Statistics compiled by the Government of India from the reports of provincial Civil Veterinary Departments
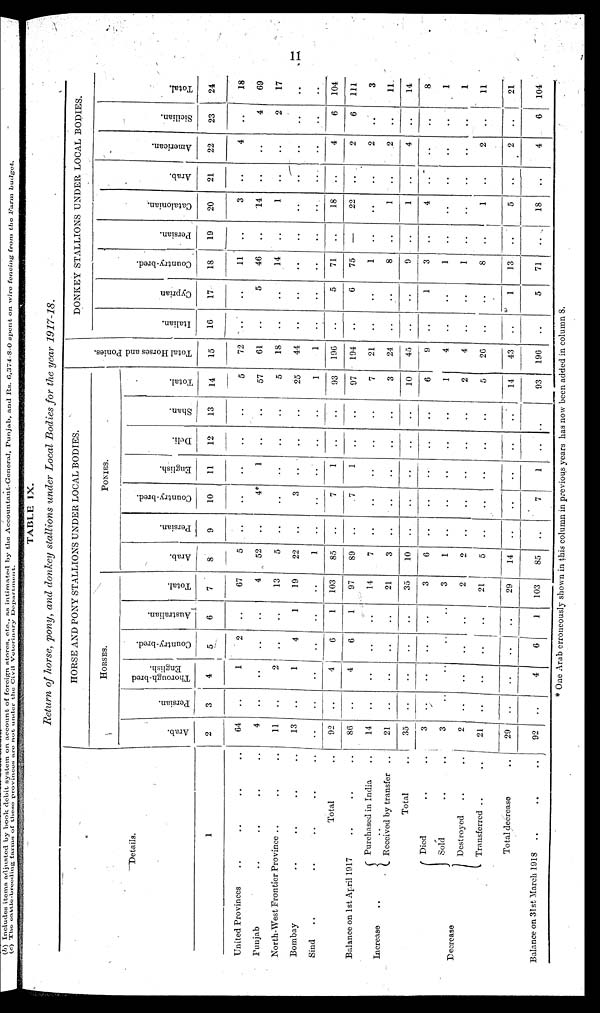
11
TABLE IX.
Return of horse, pony, and donkey stallions under Local Bodies for the year 1917-18.
Details.
1
United Provinces .. .. .. ..
Punjab .. .. .. ..
North-West Frontier Province .. .. ..
Bombay .. .. .. ..
Sind .. .. .. .. ..
Total ..
Balance on 1st April 1917 .. .. ..
Increase
..
..
Purchased in India ..
Received by transfer ..
Total ..
Decrease
Died .. ..
Sold .. ..
Destroyed .. ..
Transferred .. ..
Total decrease ..
Balance on 31st March 1918 .. .. ..
HORSE AND POXY STALLIONS UNDER LOCAL BODIES.
HORSES
Arab.
2
64
4
11
13
..
92
86
14
21
35
3
3
2
21
29
92
Persian.
3
..
..
..
..
..
..
..
..
..
..
..
..
..
..
..
..
Thorough-bred
English.
4
1
..
2
1
..
4
4
..
..
..
..
..
..
..
..
4
Country-bred.
5
2
..
..
4
..
6
6
..
..
..
..
..
..
..
..
6
Australian.
6
..
..
..
1
..
1
1
..
..
..
..
..
..
..
..
1
Total.
7
67
4
13
19
..
103
97
14
21
35
3
3
2
21
29
103
PONIES.
Arab.
8
5
52
5
22
1
85
89
7
3
10
6
1
2
5
14
85
Persian.
9
..
..
..
..
..
..
..
..
..
..
..
..
..
..
..
..
Country-bred.
10
..
4*
..
3
..
7
7
..
..
..
..
..
..
..
..
7
English.
11
..
1
..
..
..
1
1
..
..
..
..
..
..
..
..
1
Deli.
12
..
..
..
..
..
..
..
..
..
..
..
..
..
..
..
..
Shan.
13
..
..
..
..
..
..
..
..
..
..
..
..
..
..
..
..
Total.
14
5
57
5
25
1
93
97
7
3
10
6
1
2
5
14
93
Tot al Hor s e s and Ponies.
15
72
61
18
44
1
196
194
21
24
45
9
4
4
26
43
196
DONKEY STALLIONS UNDER LOCAL BODIES.
I t al i an.
16
..
..
..
..
..
..
..
..
..
..
..
..
..
..
..
..
Cypr i
an
17
..
5
..
..
..
5
6
..
..
..
1
..
..
..
1
5
Country-bred.
18
11
46
14
..
71
75
1
8
9
3
1
1
8
13
71
Per s i
an.
19
..
..
..
..
..
..
—
..
..
..
..
..
..
..
..
..
Ca t
a l
oni a n.
20
3
14
1
..
..
18
22
..
1
1
4
..
..
1
5
18
Ar ab.
21
..
..
..
..
..
..
..
..
..
..
..
..
..
..
..
..
Ame r
i
c a n.
22
4
..
..
..
..
4
2
2
2
4
..
..
..
2
2
4
Si ci l
i
an.
23
..
4
2
..
..
6
6
..
..
..
..
..
..
..
..
6
Total.
24
18
69
17
..
..
104
111
3
11
14
8
1
1
11
21
104
* One Arab erroneously shown in this column in previous years has now been added in column 8.